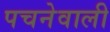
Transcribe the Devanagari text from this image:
पचनेवाली